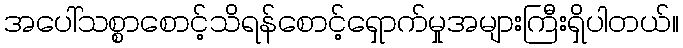
အပေါ်သစ္စာစောင့်သိရန်စောင့်ရှောက်မှုအများကြီးရှိပါတယ်။